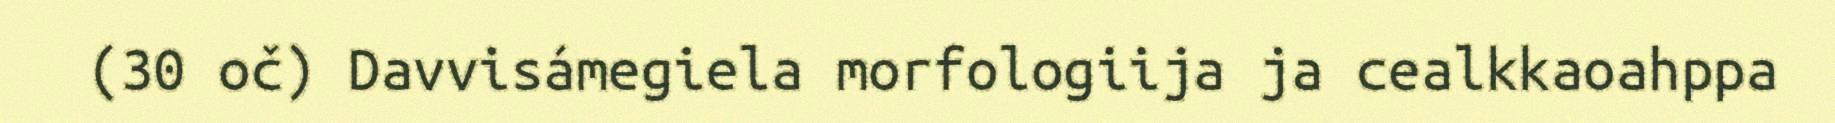
(30 oč) Davvisámegiela morfologiija ja cealkkaoahppa